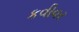
કવીવર